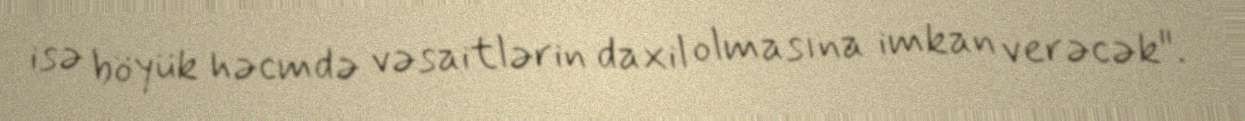
isə böyük həcmdə vəsaitlərin daxil olmasına imkan verəcək".